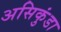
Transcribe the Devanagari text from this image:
असिकुंडा